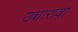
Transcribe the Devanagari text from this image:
उच्चारावा़